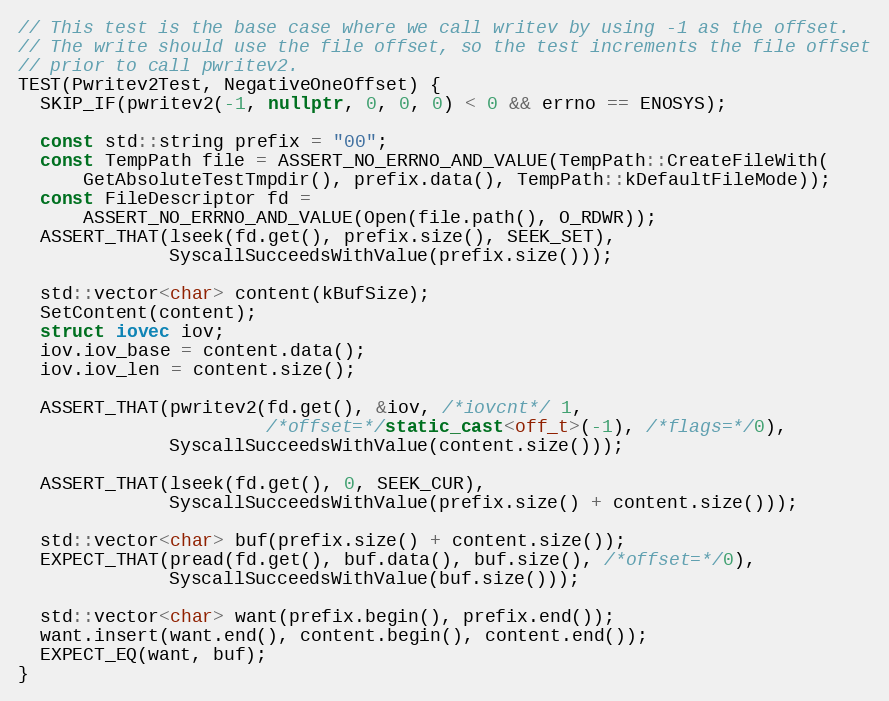
Language: C++
// This test is the base case where we call writev by using -1 as the offset.
// The write should use the file offset, so the test increments the file offset
// prior to call pwritev2.
TEST(Pwritev2Test, NegativeOneOffset) {
  SKIP_IF(pwritev2(-1, nullptr, 0, 0, 0) < 0 && errno == ENOSYS);

  const std::string prefix = "00";
  const TempPath file = ASSERT_NO_ERRNO_AND_VALUE(TempPath::CreateFileWith(
      GetAbsoluteTestTmpdir(), prefix.data(), TempPath::kDefaultFileMode));
  const FileDescriptor fd =
      ASSERT_NO_ERRNO_AND_VALUE(Open(file.path(), O_RDWR));
  ASSERT_THAT(lseek(fd.get(), prefix.size(), SEEK_SET),
              SyscallSucceedsWithValue(prefix.size()));

  std::vector<char> content(kBufSize);
  SetContent(content);
  struct iovec iov;
  iov.iov_base = content.data();
  iov.iov_len = content.size();

  ASSERT_THAT(pwritev2(fd.get(), &iov, /*iovcnt*/ 1,
                       /*offset=*/static_cast<off_t>(-1), /*flags=*/0),
              SyscallSucceedsWithValue(content.size()));

  ASSERT_THAT(lseek(fd.get(), 0, SEEK_CUR),
              SyscallSucceedsWithValue(prefix.size() + content.size()));

  std::vector<char> buf(prefix.size() + content.size());
  EXPECT_THAT(pread(fd.get(), buf.data(), buf.size(), /*offset=*/0),
              SyscallSucceedsWithValue(buf.size()));

  std::vector<char> want(prefix.begin(), prefix.end());
  want.insert(want.end(), content.begin(), content.end());
  EXPECT_EQ(want, buf);
}